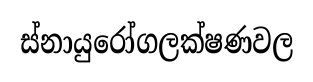
ස්නායුරෝගලක්ෂණවල